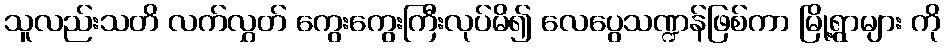
သူလည်းသတိ လက်လွှတ် ကွေးကွေးကြီးလုပ်မိ၍ လေပွေသဏ္ဍန်ဖြစ်ကာ မြို့ရွာများ ကို